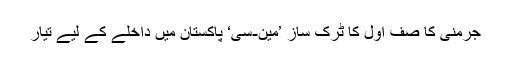
جرمنی کا صفِ اول کا ٹرک ساز ’مین-سی‘ پاکستان میں داخلے کے لیے تیار